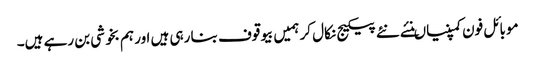
موبائل فون کمپنیاںنئے نئے پیکیج نکال کر ہمیں بیوقوف بنا رہی ہیں اور ہم بخوشی بن رہے ہیں۔